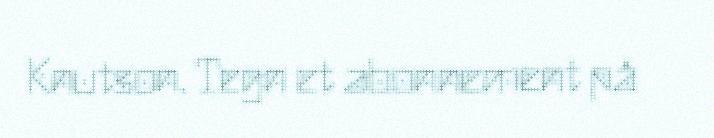
Knutson. Tegn et abonnement på